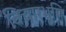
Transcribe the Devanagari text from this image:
विचारभूमि